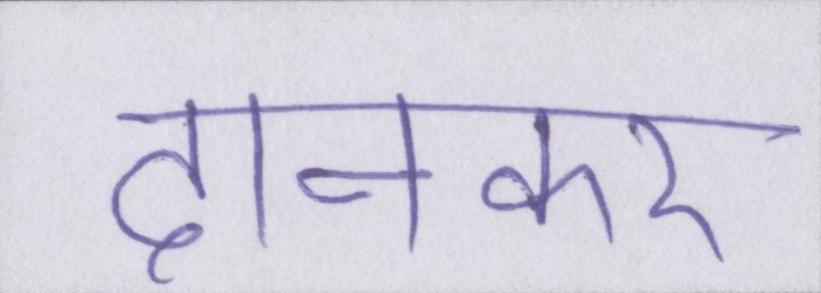
दानकर